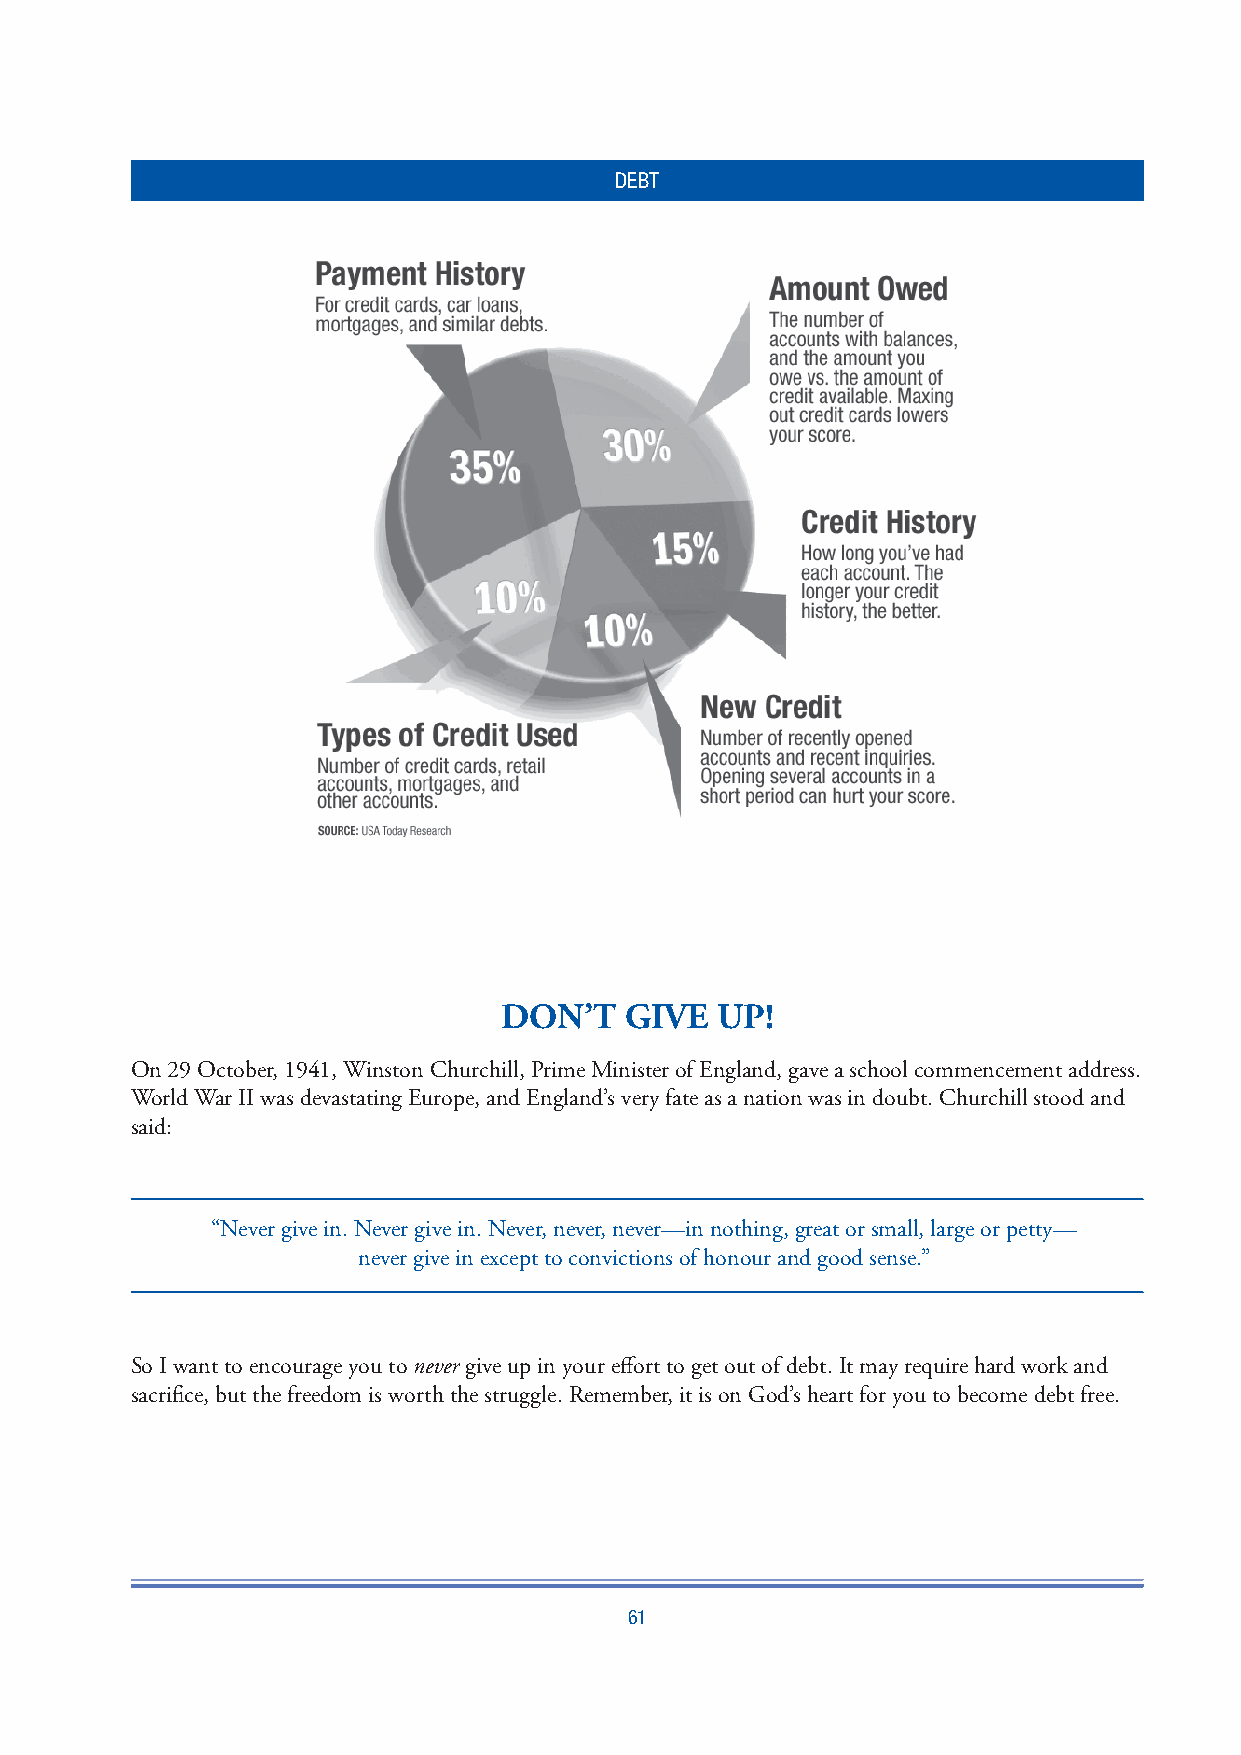
DEBT
 DON’T   GIVE  UP!
 On 29 October, 1941, Winston Churchill, Prime Minister of England, gave a school commencement address.
 World War II was devastating Europe, and England’s very fate as a nation was in doubt. Churchill stood and
 said:
 “Never give in. Never give in. Never, never, never—in nothing, great or small, large or petty—
 never give in except to convictions of honour and good sense.”
 So I want to encourage you to never give up in your eff ort to get out of debt. It may require hard work and
 sacrifi ce, but the freedom is worth the struggle. Remember, it is on God’s heart for you to become debt free.
 61